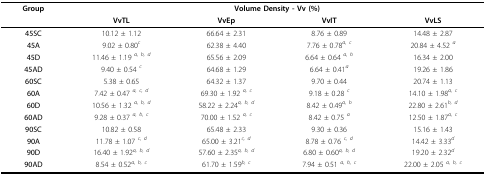
<table><thead><tr><td><b>Group</b></td><td colspan="4"><b>Volume Density - Vv (%)</b></td></tr><tr><td></td><td><b>VvTL</b></td><td><b>VvEp</b></td><td><b>VvIT</b></td><td><b>VvLS</b></td></tr></thead><tbody><tr><td><b>45SC</b></td><td>10.12 ± 1.12</td><td>66.64 ± 2.31</td><td>8.76 ± 0.89</td><td>14.48 ± 2.87</td></tr><tr><td><b>45A</b></td><td>9.02 ± 0.80<sup><i>c</i></sup></td><td>62.38 ± 4.40</td><td>7.76 ± 0.78<sup><i>a, c</i></sup></td><td>20.84 ± 4.52 <sup><i>a</i></sup></td></tr><tr><td><b>45D</b></td><td>11.46 ± 1.19 <sup><i>a, b, d</i></sup></td><td>65.56 ± 2.09</td><td>6.64 ± 0.64 <sup><i>a, b</i></sup></td><td>16.34 ± 2.00</td></tr><tr><td><b>45AD</b></td><td>9.40 ± 0.54 <sup><i>c</i></sup></td><td>64.68 ± 1.29</td><td>6.64 ± 0.41<sup><i>a</i></sup></td><td>19.26 ± 1.86</td></tr><tr><td><b>60SC</b></td><td>5.38 ± 0.65</td><td>64.32 ± 1.37</td><td>9.70 ± 0.44</td><td>20.74 ± 1.13</td></tr><tr><td><b>60A</b></td><td>7.42 ± 0.47 <sup><i>a, c, d</i></sup></td><td>69.30 ± 1.92 <sup><i>a, c</i></sup></td><td>9.18 ± 0.28 <sup><i>c</i></sup></td><td>14.10 ± 1.98<sup><i>a, c</i></sup></td></tr><tr><td><b>60D</b></td><td>10.56 ± 1.32 <sup><i>a, b, d</i></sup></td><td>58.22 ± 2.24<sup><i>a, b, d</i></sup></td><td>8.42 ± 0.49<sup><i>a, b</i></sup></td><td>22.80 ± 2.61<sup><i>b, d</i></sup></td></tr><tr><td><b>60AD</b></td><td>9.28 ± 0.37 <sup><i>a, b, c</i></sup></td><td>70.00 ± 1.52 <sup><i>a, c</i></sup></td><td>8.42 ± 0.75 <sup><i>a</i></sup></td><td>12.50 ± 1.87<sup><i>a, c</i></sup></td></tr><tr><td><b>90SC</b></td><td>10.82 ± 0.58</td><td>65.48 ± 2.33</td><td>9.30 ± 0.36</td><td>15.16 ± 1.43</td></tr><tr><td><b>90A</b></td><td>11.78 ± 1.07 <sup><i>c, d</i></sup></td><td>65.00 ± 3.21<sup><i>c, d</i></sup></td><td>8.78 ± 0.76 <sup><i>c, d</i></sup></td><td>14.42 ± 3.33<sup><i>d</i></sup></td></tr><tr><td><b>90D</b></td><td>16.40 ± 1.92<sup><i>a, b, d</i></sup></td><td>57.60 ± 2.35<sup><i>a, b, d</i></sup></td><td>6.80 ± 0.60<sup><i>a, b, d</i></sup></td><td>19.20 ± 2.32<sup><i>d</i></sup></td></tr><tr><td><b>90AD</b></td><td>8.54 ± 0.52<sup><i>a, b, c</i></sup></td><td>61.70 ± 1.59<sup><i>b, c</i></sup></td><td>7.94 ± 0.51 <sup><i>a, b, c</i></sup></td><td>22.00 ± 2.05 <sup><i>a, b, c</i></sup></td></tr></tbody></table>